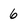
Character: 6